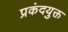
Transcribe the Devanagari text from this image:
प्रकंदयुक्त